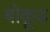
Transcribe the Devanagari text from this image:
बोकूड